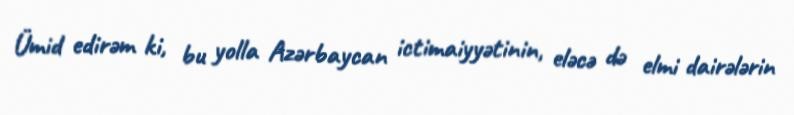
Ümid edirəm ki, bu yolla Azərbaycan ictimaiyyətinin, eləcə də elmi dairələrin